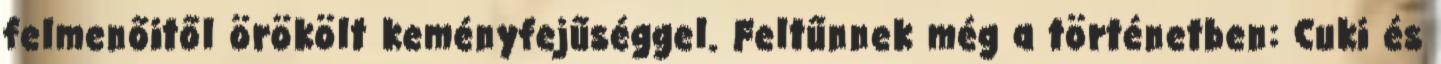
felmenőitől örökölt keményfejűséggel. Feltűnnek még a történetben: Cuki és